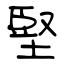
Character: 堅